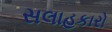
સલાહકારો